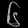
Digit: ၆